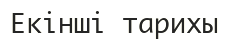
Екінші тарихы